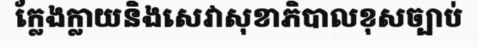
ក្លែងក្លាយនិងសេវាសុខាភិបាលខុសច្បាប់